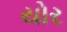
યોર